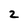
Character: 2